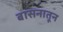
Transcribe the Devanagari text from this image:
बासनातून